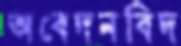
অবেদনবিদ